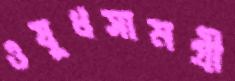
ওষুধসামগ্রী